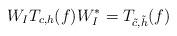
LaTeX: \begin{align*}W_I T_{c,h}(f)W_I^* = T_{\tilde{c},\tilde{h}}(f)\end{align*}